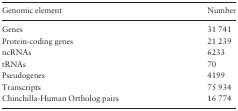
<table><thead><tr><td><b>Genomic element</b></td><td><b>Number</b></td></tr></thead><tbody><tr><td>Genes</td><td>31 741</td></tr><tr><td>Protein-coding genes</td><td>21 239</td></tr><tr><td>ncRNAs</td><td>6233</td></tr><tr><td>tRNAs</td><td>70</td></tr><tr><td>Pseudogenes</td><td>4199</td></tr><tr><td>Transcripts</td><td>75 934</td></tr><tr><td>Chinchilla-Human Ortholog pairs</td><td>16 774</td></tr></tbody></table>